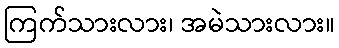
ကြက်သားလား၊ အမဲသားလား။